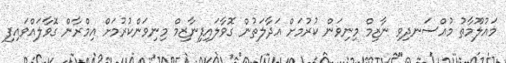
މައުލޫމާތު މުއްސަނދިވި ނާޒިމް މިނިވަން ކުރުމަށް އަދާލަތުން ގޮވާލައިފިނާޒިމް މިނިވަންކުރުމަށް އިމްރާން ގޮވާލައްވައިފި